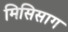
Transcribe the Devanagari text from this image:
मिसिसाग